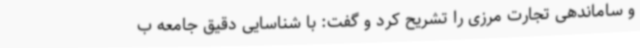
و ساماندهی تجارت مرزی را تشریح کرد و گفت: با شناسایی دقیق جامعه ب